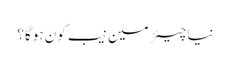
نیا چیئرمین نیب کون ہوگا؟